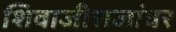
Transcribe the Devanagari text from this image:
शिवाजीराजांवर